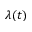
\lambda ( t )